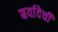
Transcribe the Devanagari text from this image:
मर्यादेची